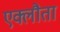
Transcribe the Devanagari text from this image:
एक्लौता